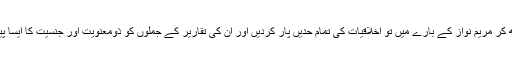
عامر لیاقت حسین نے نیشنل ٹی وی پر بیٹھ کر مریم نواز کے بارے میں تو اخلاقیات کی تمام حدیں پار کردیں اور ان کی تقاریر کے جملوں کو ذومعنویت اور جنسیت کا ایسا پیراہن دیا کہ ہر کوئی حیران پریشان رہ گیا۔